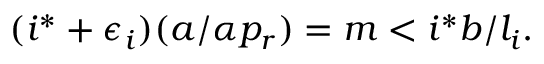
\begin{array} { r } { ( i ^ { * } + \epsilon _ { i } ) ( a / \alpha p _ { r } ) = m < i ^ { * } b / l _ { i } . } \end{array}